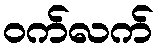
ဝက်လက်